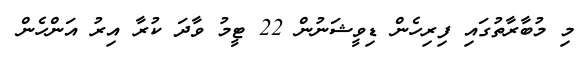
މި މުބާރާތުގައި ފިރިހެން ޑިވީޝަނުން 22 ޓީމު ވާދަ ކުރާ އިރު އަންހެން